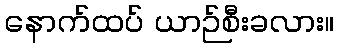
နောက်ထပ် ယာဉ်စီးခလား။